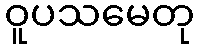
ဝူပသမေတု